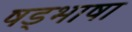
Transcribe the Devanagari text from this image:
षड्भाषा